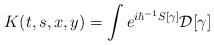
\begin{align*}K(t,s,x,y)=\int e^{i\hbar^{-1}S[\gamma]}\mathcal{D}[\gamma]\end{align*}